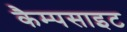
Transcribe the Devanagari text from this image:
कैम्पसाइट